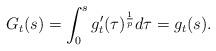
LaTeX: \begin{align*}G_t(s)=\int_0^sg'_t(\tau)^{\frac 1 p}d\tau=g_t(s).\end{align*}